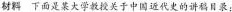
材料下面是某大学教授关于中国近代史的讲稿目录：